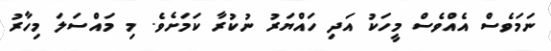
ނަމަވެސް އެއްވެސް މީހަކު އަދި ހައްޔަރު ނުކުރާ ކަމަށެވެ. މި މައްސަލަ މިހާރު